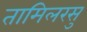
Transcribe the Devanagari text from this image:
तामिलरसु